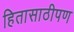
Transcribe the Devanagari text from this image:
हितासाठीपण